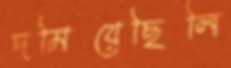
দমিয়েছিলি